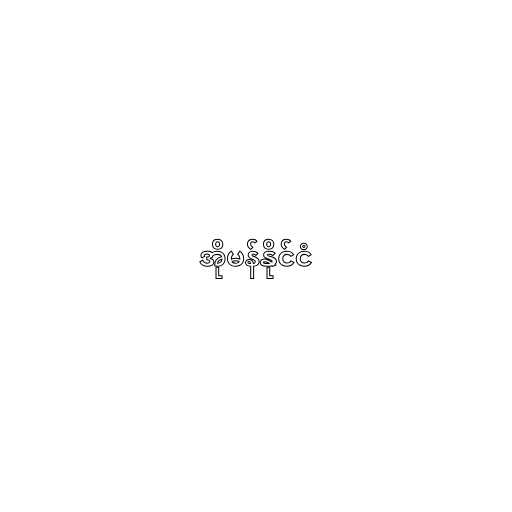
အိုမန်နိုင်ငံ